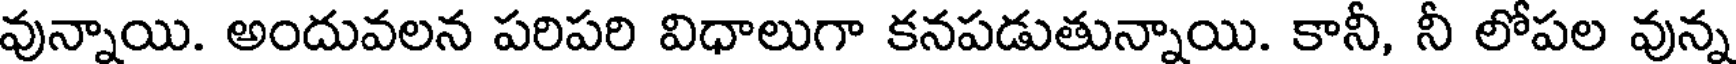
వున్నాయి. అందువలన పరిపరి విధాలుగా కనపడుతున్నాయి. కానీ, నీ లోపల వున్న